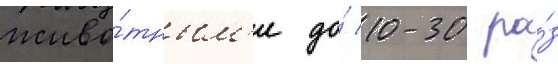
живо́тным'и до́ 10-30 ра́з